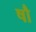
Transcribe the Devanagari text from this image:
षौ